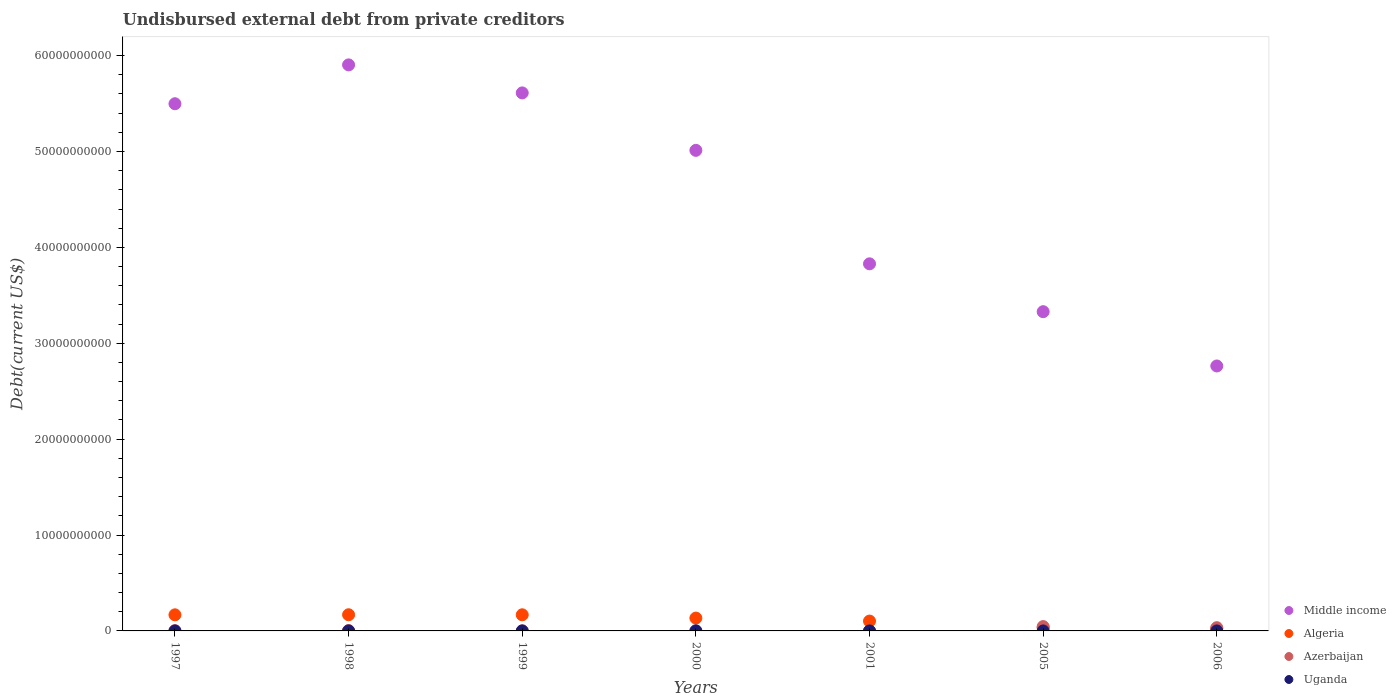
| Years | Middle income | Algeria | Azerbaijan | Uganda |
 | --- | --- | --- | --- | --- |
 | 1997 | 5.5e+10 | 1.68e+09 | 2.42e+07 | 1.96e+05 |
 | 1998 | 5.9e+10 | 1.69e+09 | 3.81e+07 | 1.6e+05 |
 | 1999 | 5.61e+10 | 1.68e+09 | 3.53e+06 | 1.76e+06 |
 | 2000 | 5.01e+10 | 1.34e+09 | 5.81e+05 | 4.61e+06 |
 | 2001 | 3.83e+10 | 1.03e+09 | 4.4e+04 | 3.35e+05 |
 | 2005 | 3.33e+10 | 3.37e+08 | 4.53e+08 | 2.1e+04 |
 | 2006 | 2.76e+10 | 2.33e+08 | 3.36e+08 | 2.4e+04 |